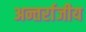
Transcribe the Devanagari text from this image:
अन्तर्राजीय